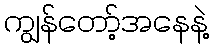
ကျွန်တော့်အနေနဲ့